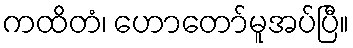
ကထိတံ၊ ဟောတော်မူအပ်ပြီ။